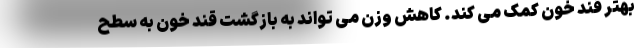
بهتر قند خون کمک می کند. کاهش وزن می تواند به بازگشت قند خون به سطح